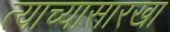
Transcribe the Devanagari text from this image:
त्याच्यासारखा